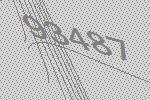
93487